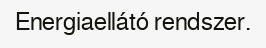
Energiaellátó rendszer.